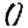
Digit: 0